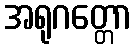
အရုဂတ္တော